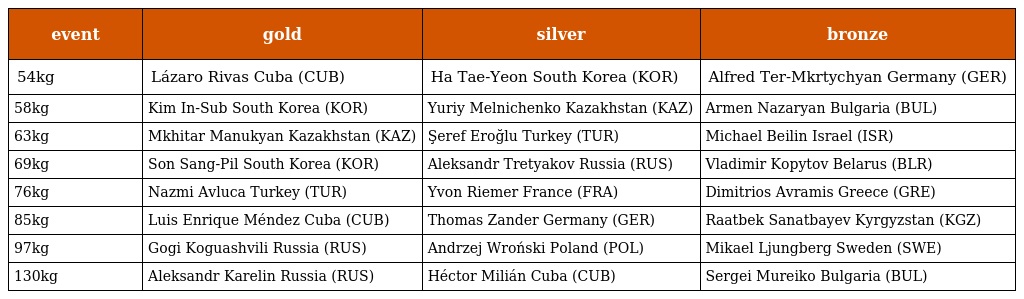
| event | gold | silver | bronze |
 | --- | --- | --- | --- |
 | 54kg | Lázaro Rivas Cuba (CUB) | Ha Tae-Yeon South Korea (KOR) | Alfred Ter-Mkrtychyan Germany (GER) |
 | 58kg | Kim In-Sub South Korea (KOR) | Yuriy Melnichenko Kazakhstan (KAZ) | Armen Nazaryan Bulgaria (BUL) |
 | 63kg | Mkhitar Manukyan Kazakhstan (KAZ) | Şeref Eroğlu Turkey (TUR) | Michael Beilin Israel (ISR) |
 | 69kg | Son Sang-Pil South Korea (KOR) | Aleksandr Tretyakov Russia (RUS) | Vladimir Kopytov Belarus (BLR) |
 | 76kg | Nazmi Avluca Turkey (TUR) | Yvon Riemer France (FRA) | Dimitrios Avramis Greece (GRE) |
 | 85kg | Luis Enrique Méndez Cuba (CUB) | Thomas Zander Germany (GER) | Raatbek Sanatbayev Kyrgyzstan (KGZ) |
 | 97kg | Gogi Koguashvili Russia (RUS) | Andrzej Wroński Poland (POL) | Mikael Ljungberg Sweden (SWE) |
 | 130kg | Aleksandr Karelin Russia (RUS) | Héctor Milián Cuba (CUB) | Sergei Mureiko Bulgaria (BUL) |